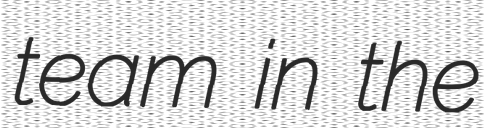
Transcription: team in the